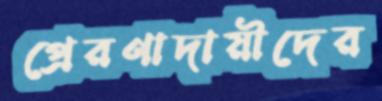
প্রেরণাদায়ীদের